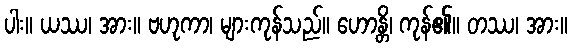
ပါး။ ယဿ၊ အား။ ဗဟုကာ၊ များကုန်သည်။ ဟောန္တိ၊ ကုန်၏။ တဿ၊ အား။